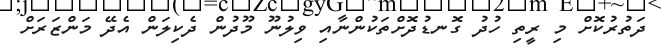
ދަތުރުކޮށް މި ރީތި ހުދު ގޮނޑުދޮށްތަކުންނާއި ވިލުނޫ މޫދުން ދެކިލަން އެދޭ މަންޒަރަށް